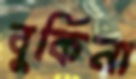
বুর্কিনা